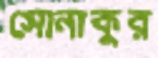
সোনাকুর